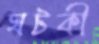
ঘটকী